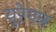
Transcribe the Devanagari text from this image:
यूरेगन